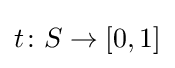
t\colon S\to [0,1]